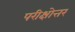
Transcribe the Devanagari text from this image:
परीक्षोत्तर